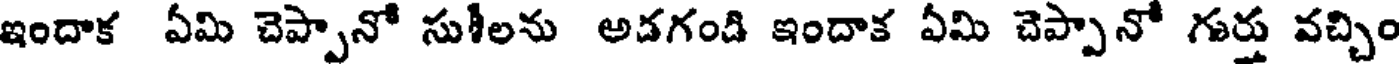
ఇందాక ఏమి చెప్పానో సుశీలను అడగండి ఇందాక ఏమి చెప్పానో గుర్తు వచ్చిం